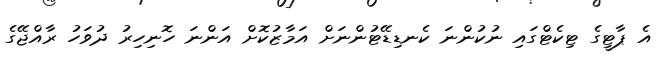
އެ ޕާޓީގެ ޓިކެޓްގައި ނުކުންނަ ކެނޑިޑޭޓުންނަށް އަމާޒުކޮށް އަންނަ ހޮނިހިރު ދުވަހު ރާއްޖޭގެ